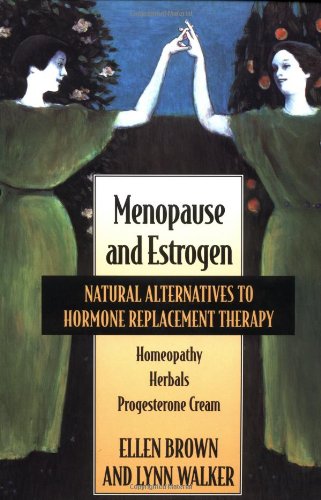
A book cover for Menopause and Estrogen: Natural Alternatives to Hormone Replacement Therapy; Ellen Brown; Health, Fitness & Dieting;